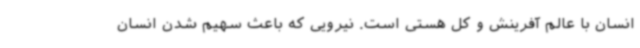
انسان با عالم آفرینش و کل هستی است. نیرویی که باعث سهیم شدن انسان